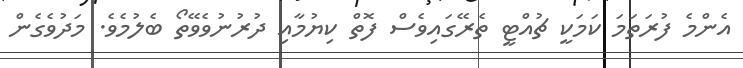
އެންމެ ފުރަތަމަ ކަމަކީ ޗުއްޓީ ތެރޭގައިވެސް ފޮތް ކިޔުމާއި ދުރުނުވެވޭތޯ ބެލުމެވެ. މަދުވެގެން